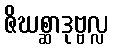
ဇိဃစ္ဆာဒုဗ္ဗလ္လ